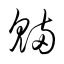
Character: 魎